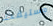
مستيقظ